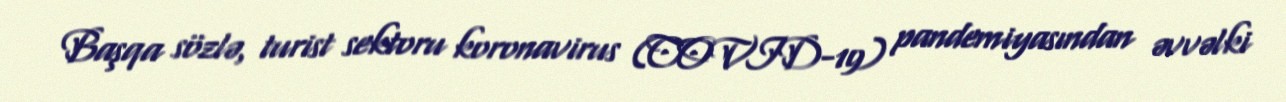
Başqa sözlə, turist sektoru koronavirus (COVID-19) pandemiyasından əvvəlki